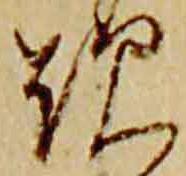
歎